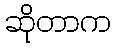
ဆိုတာက